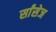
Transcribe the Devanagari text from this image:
र्सांसेज